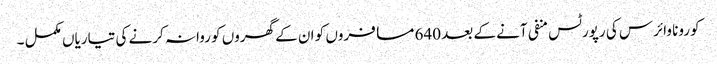
کورونا وائرس کی رپورٹس منفی آنے کے بعد 640 مسافروں کو ان کے گھروں کو روانہ کرنے کی تیاریاں مکمل ۔